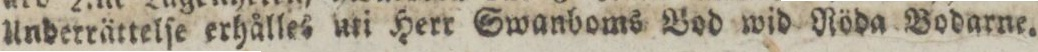
Underrättelſe erhålles uti Herr Swanboms Bod wid Röda Bodarne.